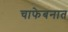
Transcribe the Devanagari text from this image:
चाफेबनात